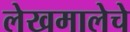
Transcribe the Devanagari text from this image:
लेखमालेचे